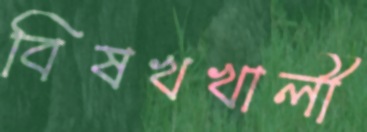
বিষখখালী